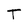
Character: T